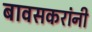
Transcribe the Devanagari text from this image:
बावसकरांनी